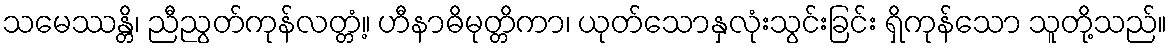
သမေဿန္တိ၊ ညီညွတ်ကုန်လတ္တံ့။ ဟီနာဓိမုတ္တိကာ၊ ယုတ်သောနှလုံးသွင်းခြင်း ရှိကုန်သော သူတို့သည်။